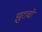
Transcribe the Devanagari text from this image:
झुरावो